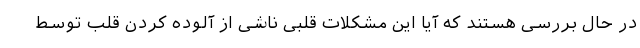
در حال بررسی هستند که آیا این مشکلات قلبی ناشی از آلوده کردن قلب توسط